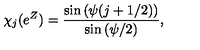
\chi _ { j } ( e ^ { Z } ) = { \frac { \sin { ( \psi ( j + 1 / 2 ) ) } } { \sin { ( \psi / 2 ) } } } ,